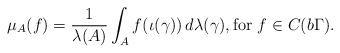
LaTeX: \begin{align*}\mu_A(f) = \frac{1}{\lambda(A)} \int_A f(\iota(\gamma)) \, d\lambda(\gamma), \textrm{for $f \in C(b\Gamma)$}.\end{align*}